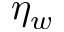
\eta _ { w }